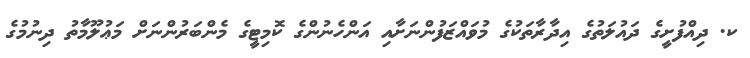
ކ. ދިއްފުށީގެ ދައުލަތުގެ އިދާރާތަކުގެ މުވައްޒަފުންނަށާއި އަންހެނުންގެ ކޮމިޓީގެ މެންބަރުންނަށް މަޢުލޫމާތު ދިނުމުގެ